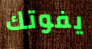
يفوتك